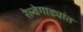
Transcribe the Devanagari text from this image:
रेल्वेगाड्यांत